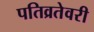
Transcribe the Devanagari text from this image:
पतिव्रतेवरी